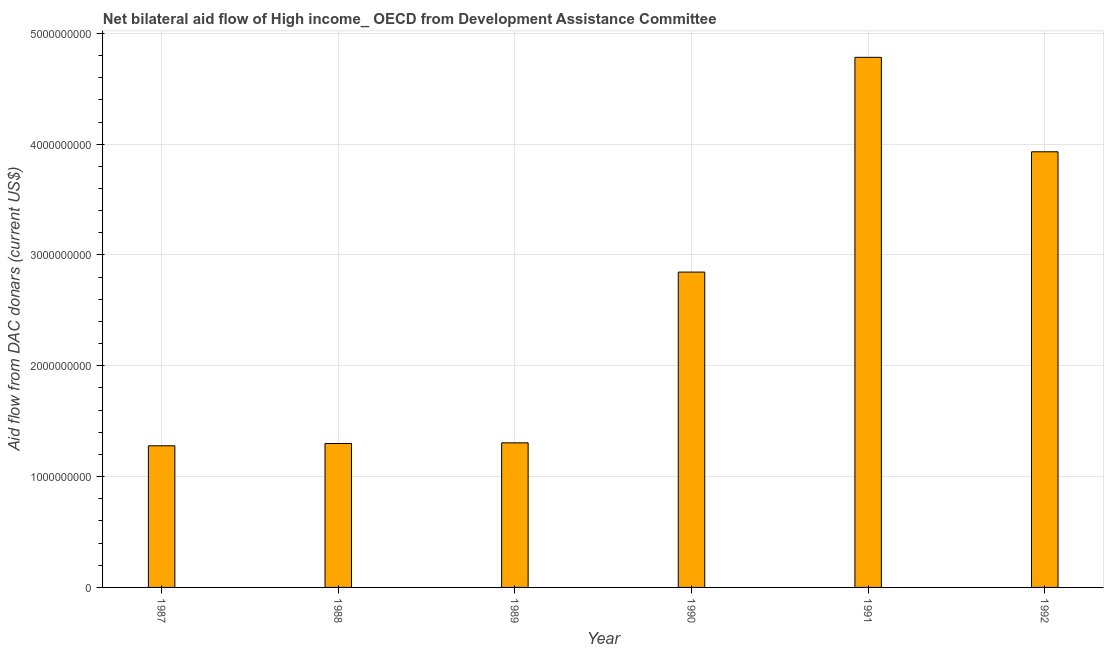
| Year | Net bilateral aid flows from DAC donors |
 | --- | --- |
 | 1987 | 1.28e+09 |
 | 1988 | 1.3e+09 |
 | 1989 | 1.3e+09 |
 | 1990 | 2.85e+09 |
 | 1991 | 4.78e+09 |
 | 1992 | 3.93e+09 |